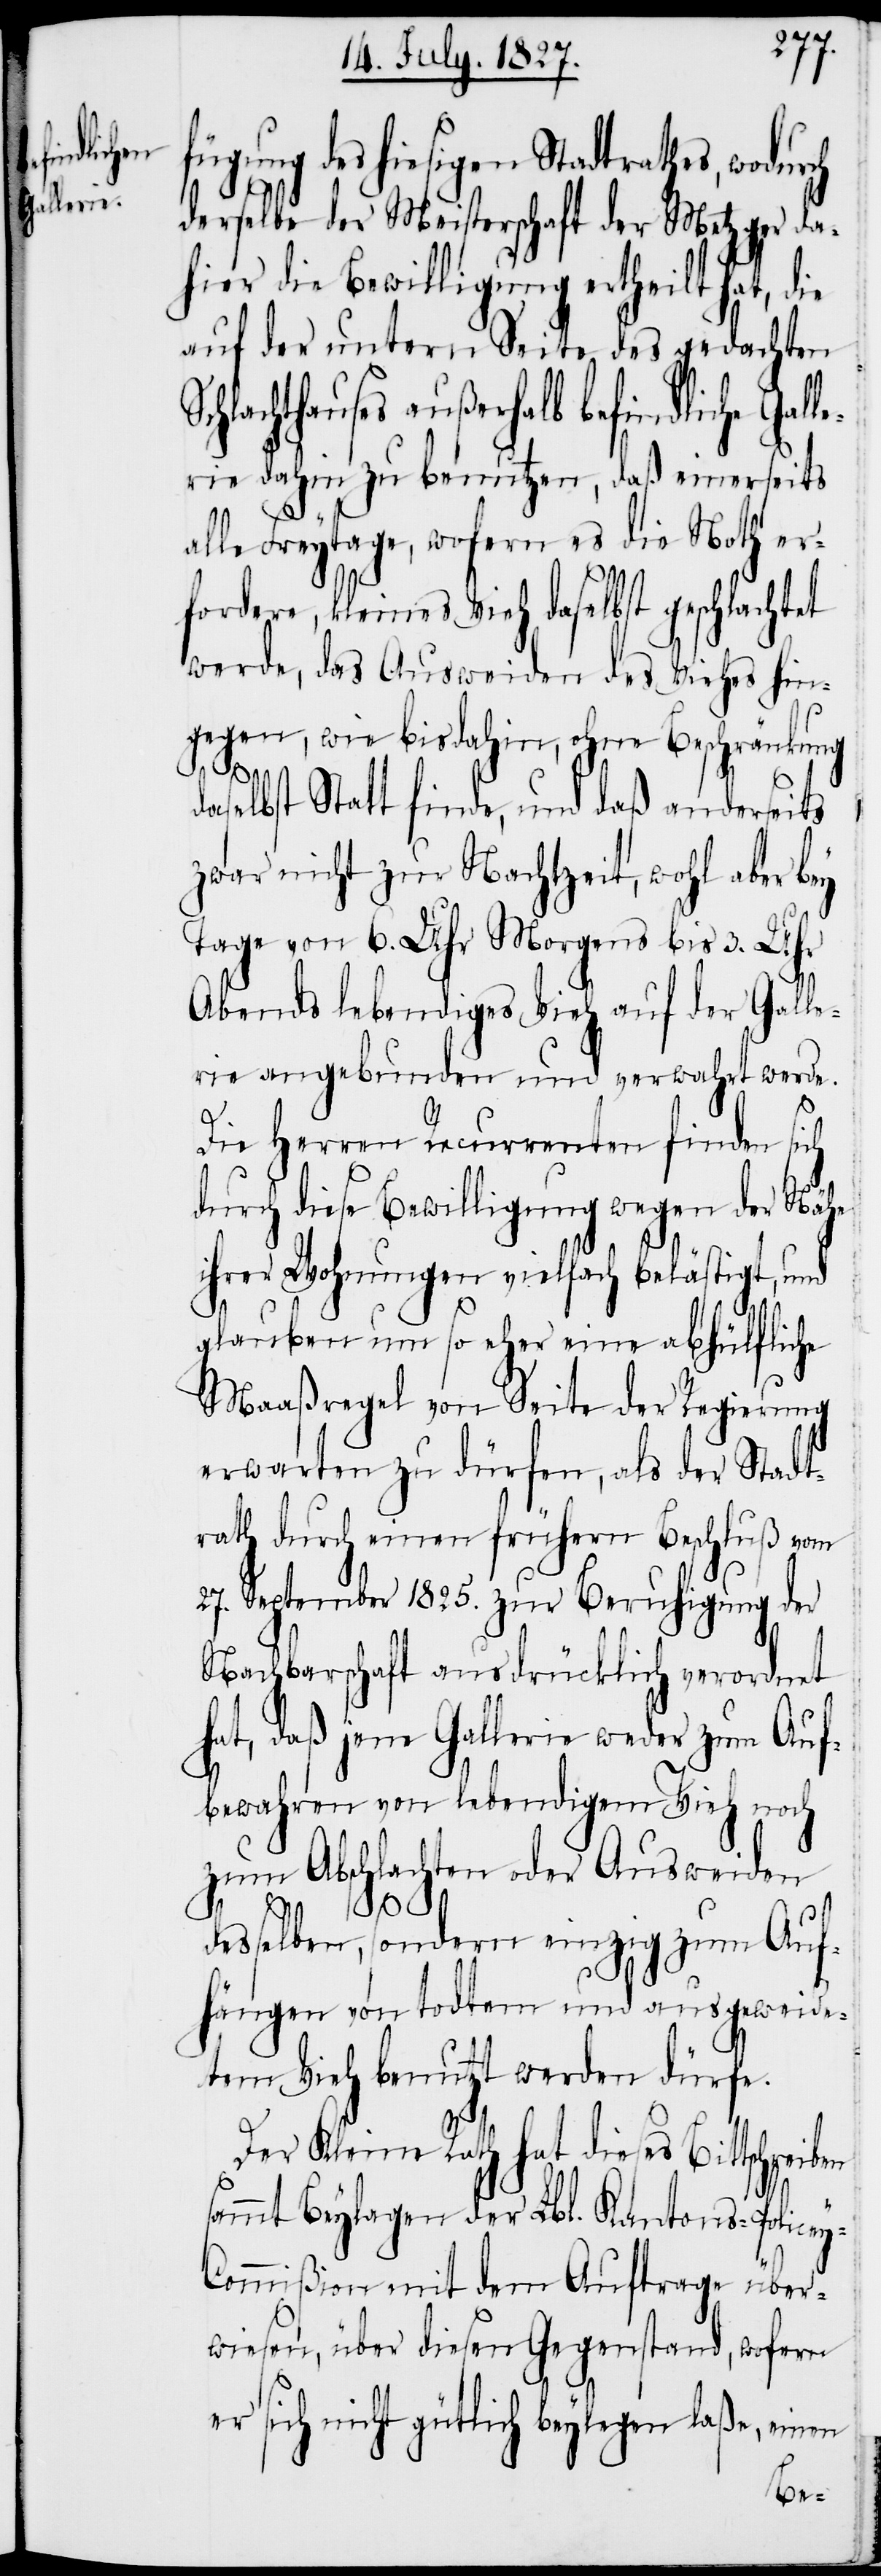
fügung des hiesigen Stadtrathes, wodurch
derselbe der Meisterschaft der Metzger da¬
hier die Bewilligung ertheilt hat, die
auf der Untern Seite des gedachten
hlachthauses außerhalb befindliche Gal¬
lerie dahin zu benutzen, daß einerseits
alle Freytage, wofern es die Noth er¬
fordere, kleines Vieh daselbst geschlachtet
werde, das Ausweiden des Viehes hin¬
gegen, wie bis dahin, ohne Beschränkung
y-C¬
selbst Statt finde, und daß anderseits
zwar nicht zur Nachtzeit, wohl aber bey
Tage von 6. Uhr Morgens bis 3. Uhr
Abends lebendiges Vieh auf der Galle¬
rie angebunden und verwahrt werde.
Die Herren Recurrenten finden sich
durch diese Bewilligung wegen der Nähe
ihrer Wohnungen vielfach belästigt, und
glauben um so eher eine abhülfliche
Maaßregel von Seite der Regierung
erwarten zu dürfen, als der Stadt¬
rath durch einen frühern Beschluß vom
27. September 1825. zur Beruhigung der
Nachbarschaft ausdrücklich verordnet
hat, daß jene Gallerie weder zum Auf¬
bewahren von lebendigem Vieh noch
zum Abschlachten oder Ausweiden
desselben, sondern einzig zum Auf¬
hängen von todten und ausgeweide¬
tem Vieh benutzt werden dürfe.
Der Kleine Rath hat dieses Bittschreiben
sammt Beylage der Lbl. Kantons-Police¬
ommißion mit dem Auftrage über¬
wiesen, über diesen Gegenstand, wofern
er sich nicht gütlich beylegen laße, einen